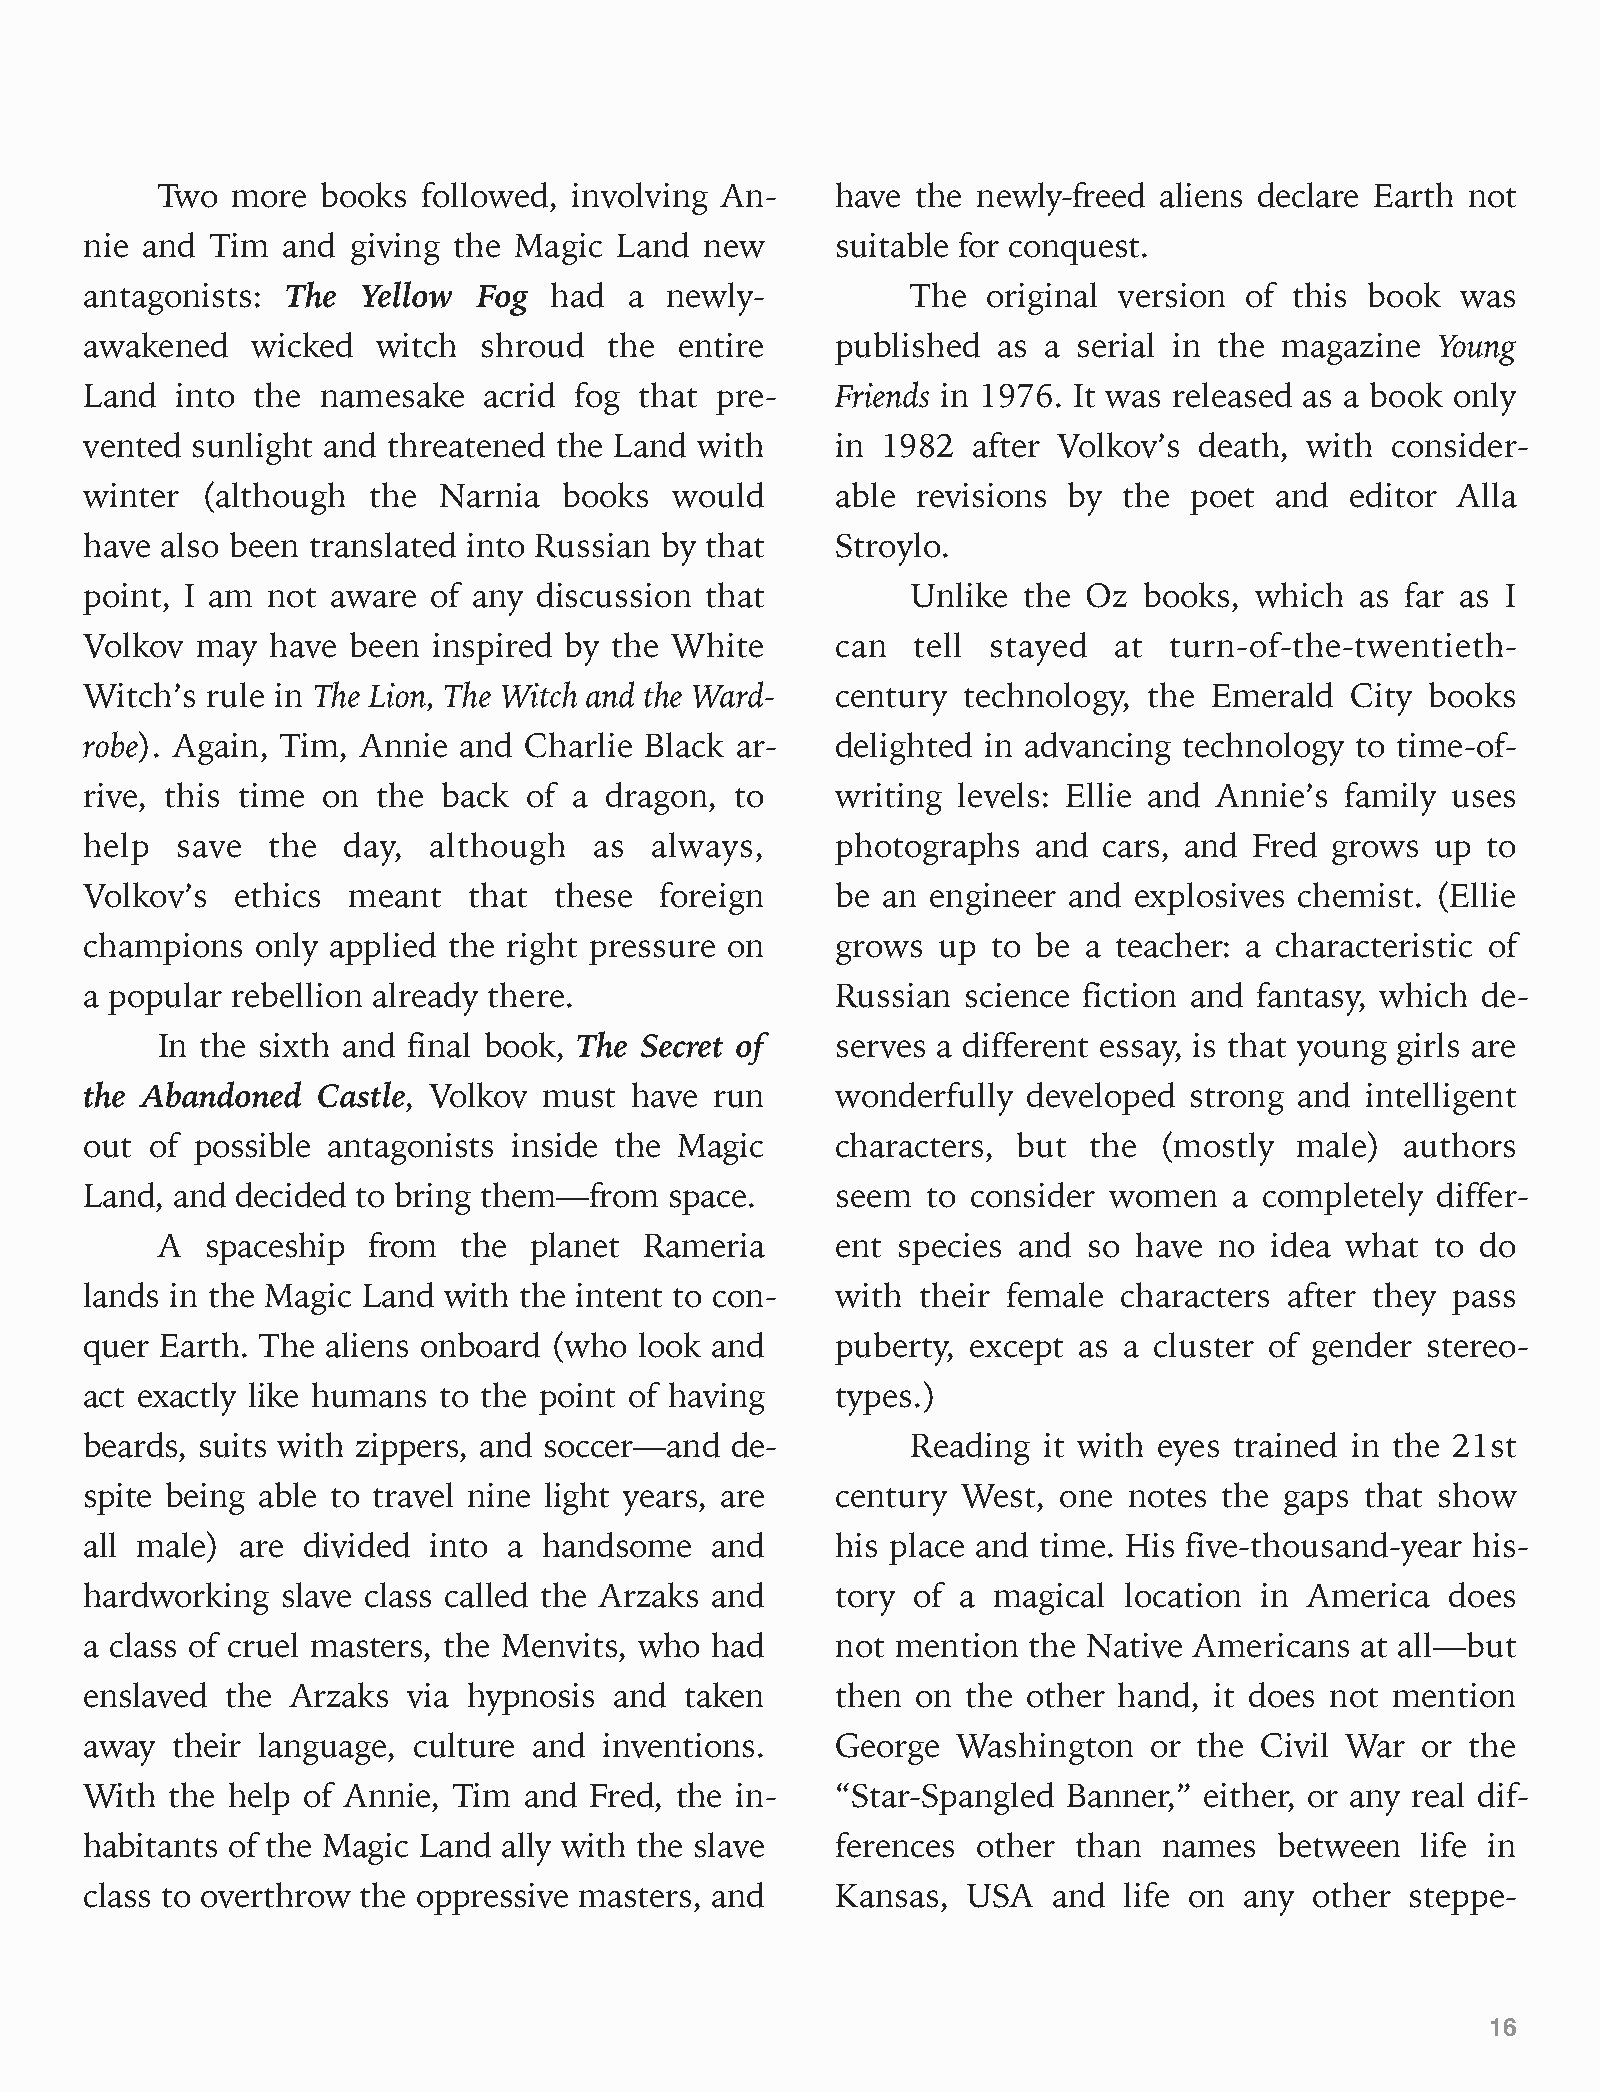
Two  more  books  followed, involving An-    have  the newly-freed aliens declare Earth not
 nie and Tim  and giving the Magic  Land  new     suitable for conquest.
 antagonists: The  Yellow  Fog had   a newly-          The  original version of  this book  was
 awakened   wicked  witch  shroud  the  entire    published  as a serial in the magazine  Young
 Land  into the namesake   acrid fog that pre-    Friends in 1976. It was released as a book only
 vented sunlight and threatened the Land with     in 1982  after Volkov’s death,  with consider-
 winter (although  the  Narnia  books   would     able  revisions by the  poet and  editor Alla
 have also been translated into Russian by that   Stroylo.
 point, I am not aware of any  discussion that         Unlike  the Oz  books, which  as far as I
 Volkov may  have been  inspired by the White     can  tell  stayed  at turn-of-the-twentieth-
 Witch’s rule in The Lion, The Witch and the Ward- century technology, the Emerald  City  books
 robe). Again, Tim, Annie and Charlie Black ar-   delighted in advancing technology  to time-of-
 rive, this time on the back  of a dragon,  to    writing levels: Ellie and Annie’s family uses
 help  save  the  day, although   as  always,     photographs   and cars, and Fred grows  up to
 Volkov’s  ethics meant   that  these  foreign    be an  engineer and explosives chemist. (Ellie
 champions  only applied the right pressure on    grows  up  to be a teacher: a characteristic of
 a popular rebellion already there.               Russian  science fiction and fantasy, which de-
 In the sixth and final book, The Secret of   serves a different essay, is that young girls are
 the Abandoned  Castle, Volkov must  have run     wonderfully  developed  strong and intelligent
 out of possible antagonists inside the Magic     characters, but  the  (mostly  male)  authors
 Land, and decided to bring them—from  space.     seem  to consider women    a completely differ-
 A   spaceship from   the planet  Rameria     ent species and  so have  no idea what  to do
 lands in the Magic Land with the intent to con-  with  their female characters after they pass
 quer Earth. The aliens onboard (who look and     puberty, except as a cluster of gender stereo-
 act exactly like humans to the point of having   types.)
 beards, suits with zippers, and soccer—and de-        Reading  it with eyes trained in the 21st
 spite being able to travel nine light years, are century  West, one  notes the gaps that show
 all male) are divided into  a handsome   and     his place and time. His five-thousand-year his-
 hardworking  slave class called the Arzaks and   tory of  a magical location in  America  does
 a class of cruel masters, the Menvits, who had   not mention  the Native Americans  at all—but
 enslaved the Arzaks  via hypnosis  and taken     then  on the other hand, it does not mention
 away their language, culture and  inventions.    George  Washington   or the Civil War  or the
 With the help of Annie, Tim  and Fred, the in-   “Star-Spangled  Banner,” either, or any real dif-
 habitants of the Magic Land ally with the slave  ferences  other than  names   between  life in
 class to overthrow the oppressive masters, and   Kansas,  USA   and life on any  other steppe-
 16